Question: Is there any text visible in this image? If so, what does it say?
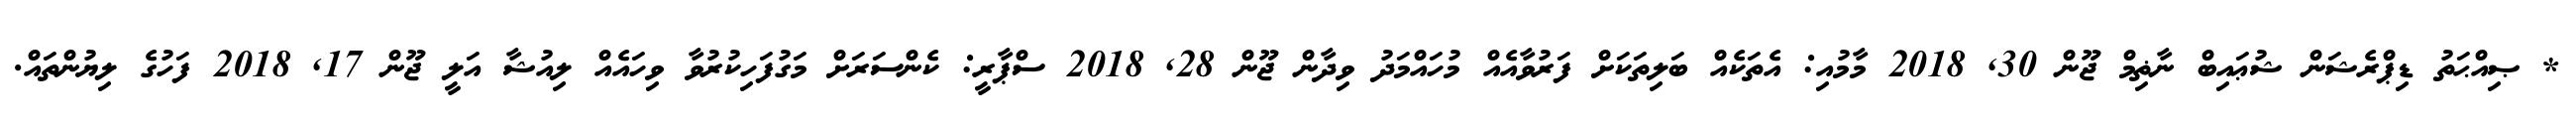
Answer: * ޞިއްޙަތު ޑިޕްރެޝަން ޝުޢައިބް ނާޡިމް ޖޫން 30, 2018 މާމުއި: އެތަކެއް ބަލިތަކަށް ފަރުވާއެއް މުހައްމަދު ވިދާން ޖޫން 28, 2018 ސްޕާރީ: ކެންސަރަށް މަގުފަހިކުރުވާ ވިހައެއް ލިއުޝާ އަލީ ޖޫން 17, 2018 ފަހުގެ ލިޔުންތައް.